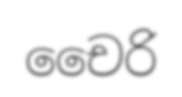
චෛරි